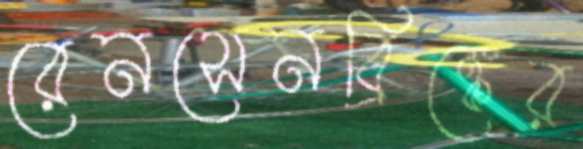
রেনসেনব্রিঙ্কের